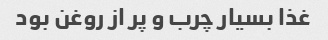
غذا بسیار چرب و پر از روغن بود